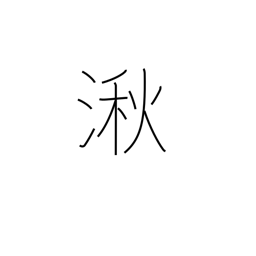
Meaning: wetlands